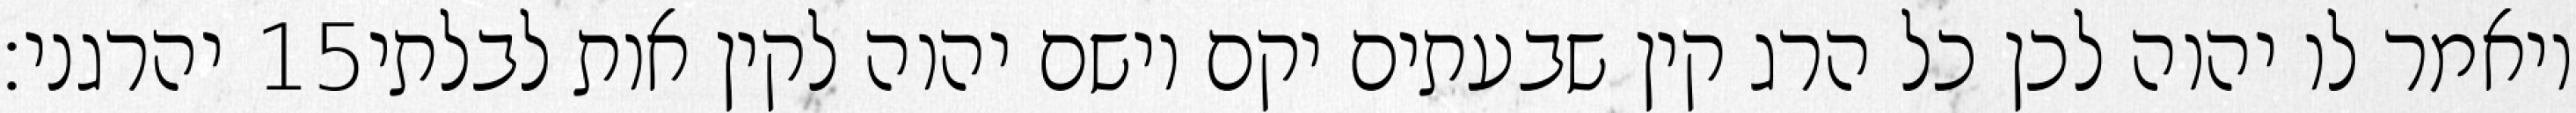
יהרגני׃ ‎15‏ ויאמר לו יהוה לכן כל הרג קין שבעתים יקם וישם יהוה לקין אות לבלתי